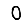
Digit: 0